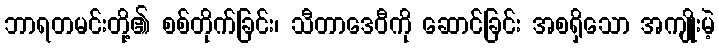
ဘာရတမင်းတို့၏ စစ်တိုက်ခြင်း၊ သီတာဒေဝီကို ဆောင်ခြင်း အစရှိသော အကျိုးမဲ့